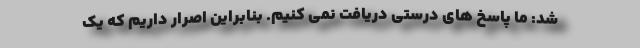
شد: ما پاسخ های درستی دریافت نمی کنیم. بنابراین اصرار داریم که یک